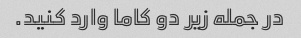
در جمله زیر دو کاما وارد کنید.